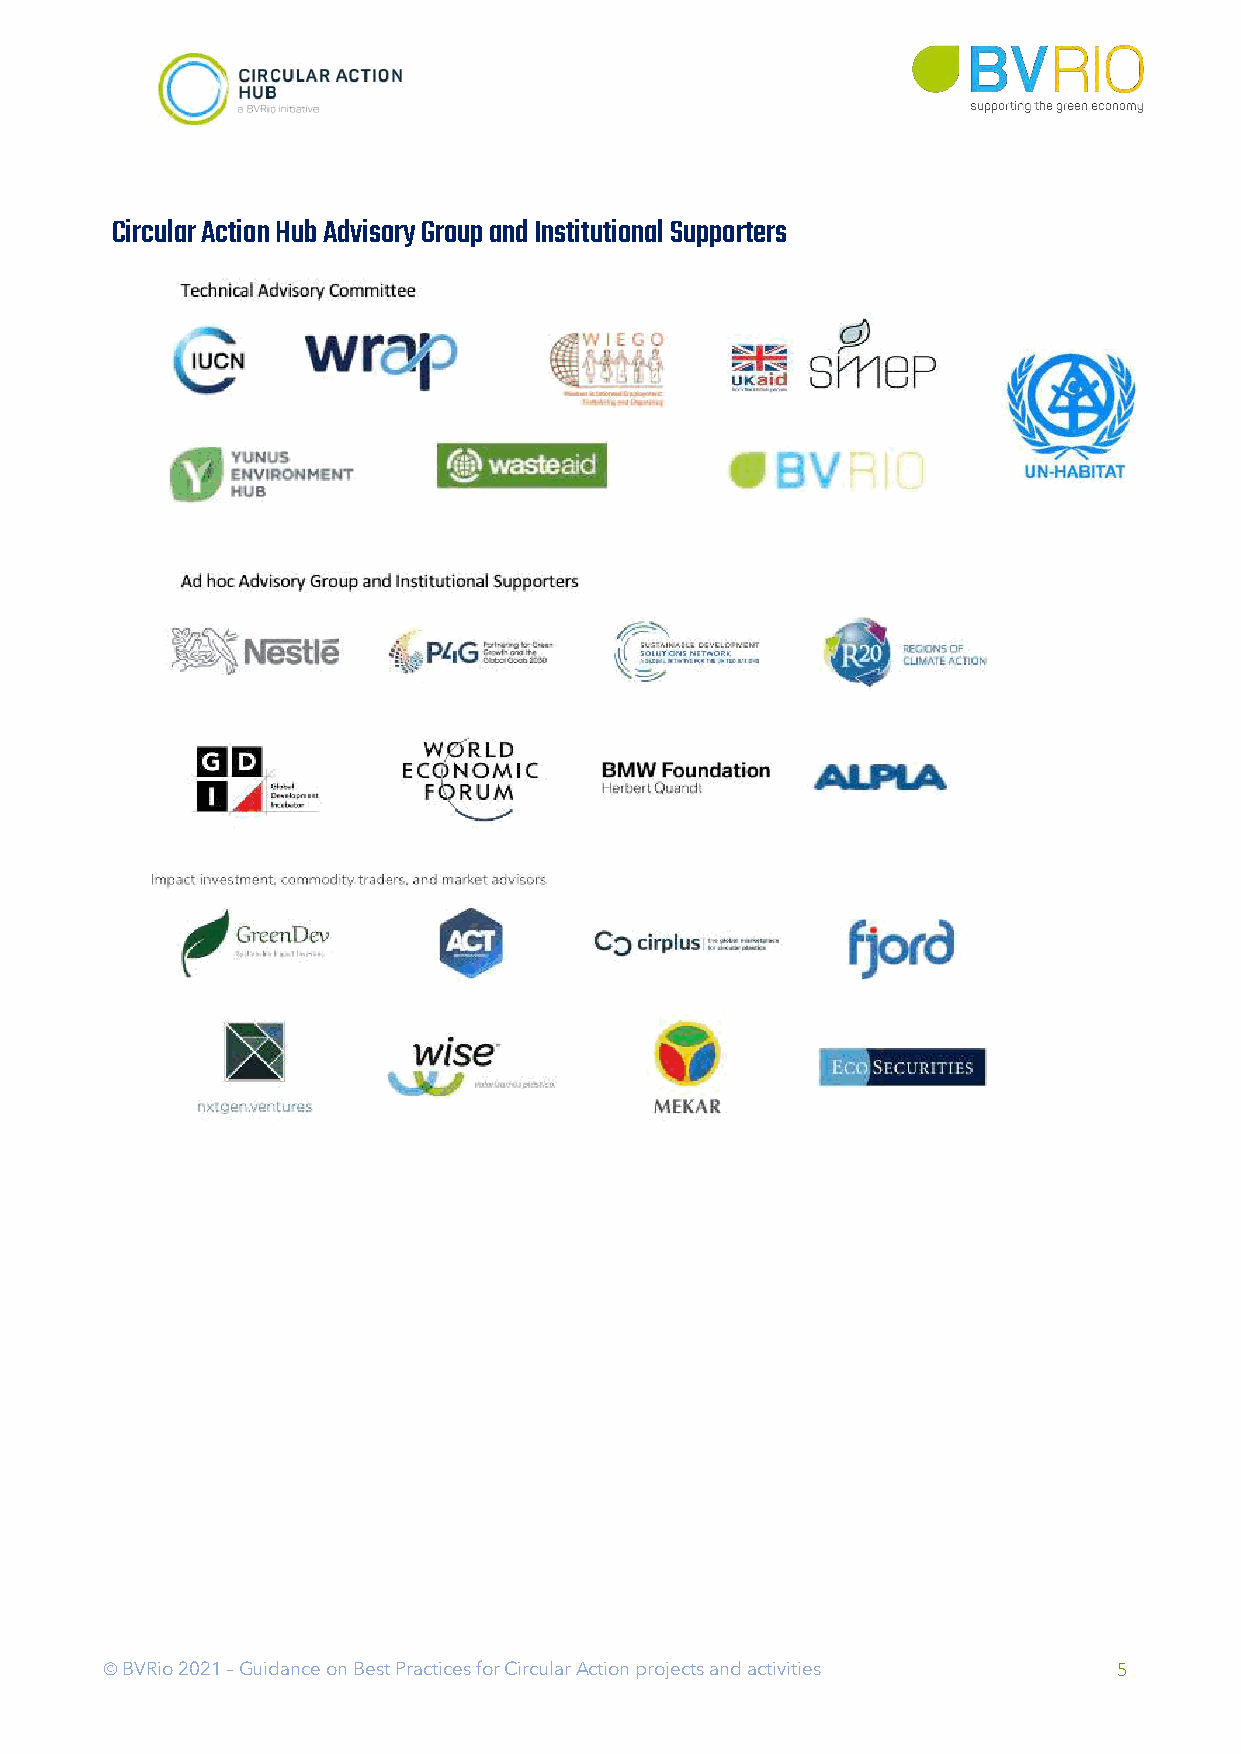
Circular Action Hub Advisory Group and Institutional Supporters
 Ó BVRio 2021 – Guidance on Best Practices for Circular Action projects and activities 5